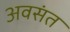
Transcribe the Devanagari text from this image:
अवसंत